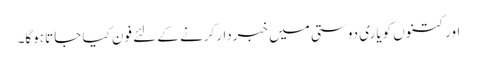
اور کتنوں کویاری دوستی میں خبردار‌کرنے کے لئے فون کیا جاتا ہوگا۔